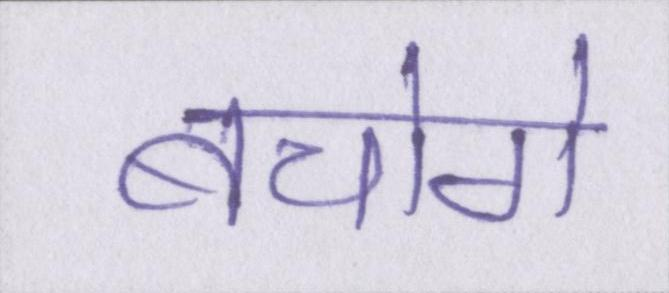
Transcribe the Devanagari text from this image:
बचोगे